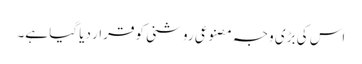
اس کی بڑی وجہ مصنوعی روشنی کو قرار دیا گیا ہے۔